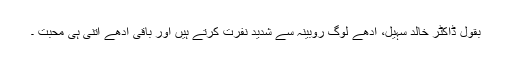
بقول ڈاکٹر خالد سہیل، آدھے لوگ روبینہ سے شدید نفرت کرتے ہیں اور باقی آدھے اتنی ہی محبت ۔